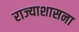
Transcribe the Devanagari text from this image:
राज्याशासना